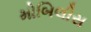
મોબિલીસ